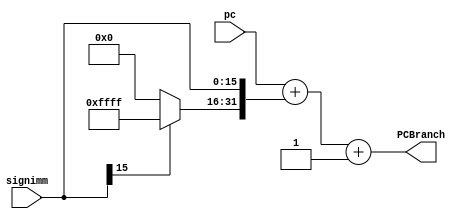
`timescale 1ns / 1ps
//////////////////////////////////////////////////////////////////////////////////
// Company: 
// Engineer: 
// 
// Design Name: 
// Module Name:    pcAddImm 
// Project Name: 
// Target Devices: 
// Tool versions: 
// Description: 
//
// Dependencies: 
//
// Revision: 
// Revision 0.01 - File Created
// Additional Comments: 
//
//////////////////////////////////////////////////////////////////////////////////
module pcAddImm(
input [31:0] pc,
input [15:0] signimm,
output  [31:0] PCBranch
    );

reg [31:0] imm = 0;

always@(*)
begin
  imm[15:0] = signimm;
  imm[31:16] = (signimm[15]? 16'hffff : 16'h0 );
end

assign PCBranch = pc + imm + 1  ;

endmodule